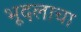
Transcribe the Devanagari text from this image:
भूदलाचा